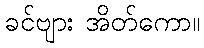
ခင်ဗျား အိတ်ကော။